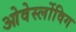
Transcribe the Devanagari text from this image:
ओवेर्स्लोविग